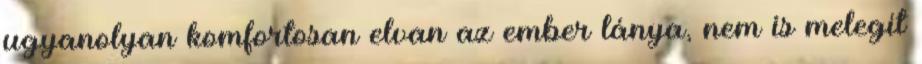
ugyanolyan komfortosan elvan az ember lánya, nem is melegít